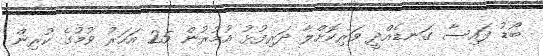
ބޯޑު ފައިސާ ގަނޑެއްދީ ވަރިކޮށްލާ ދަރިފުޅު އުމުރުން 25 އަހަރު ވުމުގެ ކުރިން